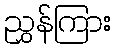
ညွှန်ကြား